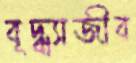
বৃদ্ধ্যাজীব